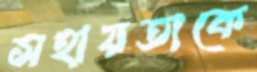
সহায়তাকে